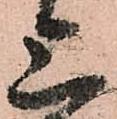
上